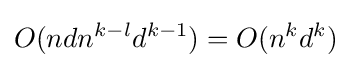
O(ndn^{k-l}d^{k-1})=O(n^{k}d^{k})